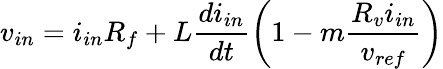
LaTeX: v_{in}=i_{in}R_{f}+L\frac{di_{in}}{dt}\left(1-m\frac{R_{v}i_{in}}{v_{ref}}\right)